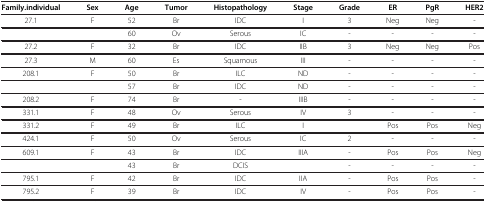
<table><thead><tr><td><b>Family.individual</b></td><td><b>Sex</b></td><td><b>Age</b></td><td><b>Tumor</b></td><td><b>Histopathology</b></td><td><b>Stage</b></td><td><b>Grade</b></td><td><b>ER</b></td><td><b>PgR</b></td><td><b>HER2</b></td></tr></thead><tbody><tr><td>27.1</td><td>F</td><td>52</td><td>Br</td><td>IDC</td><td>I</td><td>3</td><td>Neg</td><td>Neg</td><td>-</td></tr><tr><td> </td><td> </td><td>60</td><td>Ov</td><td>Serous</td><td>IC</td><td>-</td><td>-</td><td>-</td><td>-</td></tr><tr><td>27.2</td><td>F</td><td>32</td><td>Br</td><td>IDC</td><td>IIB</td><td>3</td><td>Neg</td><td>Neg</td><td>Pos</td></tr><tr><td>27.3</td><td>M</td><td>60</td><td>Es</td><td>Squamous</td><td>III</td><td>-</td><td>-</td><td>-</td><td>-</td></tr><tr><td>208.1</td><td>F</td><td>50</td><td>Br</td><td>ILC</td><td>ND</td><td>-</td><td>-</td><td>-</td><td>-</td></tr><tr><td> </td><td> </td><td>57</td><td>Br</td><td>IDC</td><td>ND</td><td>-</td><td>-</td><td>-</td><td>-</td></tr><tr><td>208.2</td><td>F</td><td>74</td><td>Br</td><td>-</td><td>IIIB</td><td>-</td><td>-</td><td>-</td><td>-</td></tr><tr><td>331.1</td><td>F</td><td>48</td><td>Ov</td><td>Serous</td><td>IV</td><td>3</td><td>-</td><td>-</td><td>-</td></tr><tr><td>331.2</td><td>F</td><td>49</td><td>Br</td><td>ILC</td><td>I</td><td> </td><td>Pos</td><td>Pos</td><td>Neg</td></tr><tr><td>424.1</td><td>F</td><td>50</td><td>Ov</td><td>Serous</td><td>IC</td><td>2</td><td>-</td><td>-</td><td>-</td></tr><tr><td>609.1</td><td>F</td><td>43</td><td>Br</td><td>IDC</td><td>IIIA</td><td>-</td><td>Pos</td><td>Pos</td><td>Neg</td></tr><tr><td> </td><td> </td><td>43</td><td>Br</td><td>DCIS</td><td> </td><td>-</td><td>-</td><td>-</td><td>-</td></tr><tr><td>795.1</td><td>F</td><td>42</td><td>Br</td><td>IDC</td><td>IIA</td><td>-</td><td>Pos</td><td>Pos</td><td>-</td></tr><tr><td>795.2</td><td>F</td><td>39</td><td>Br</td><td>IDC</td><td>IV</td><td>-</td><td>Pos</td><td>Pos</td><td>-</td></tr></tbody></table>